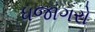
ધજાગરો